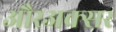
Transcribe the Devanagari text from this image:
औरअक्सर